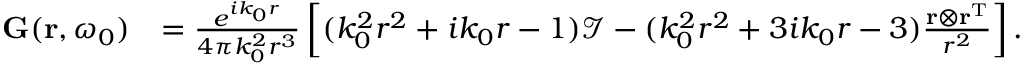
\begin{array} { r l } { { \bf G } ( { \bf r } , \omega _ { 0 } ) } & { = \frac { e ^ { i k _ { 0 } r } } { 4 \pi k _ { 0 } ^ { 2 } r ^ { 3 } } \left[ ( k _ { 0 } ^ { 2 } r ^ { 2 } + i k _ { 0 } r - 1 ) \mathcal { I } - ( k _ { 0 } ^ { 2 } r ^ { 2 } + 3 i k _ { 0 } r - 3 ) \frac { { \bf r } \otimes { \bf r } ^ { \mathrm { T } } } { r ^ { 2 } } \right] . } \end{array}